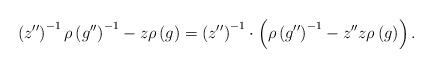
LaTeX: \begin{align*}\left(z^{\prime\prime}\right)^{-1}\rho\left(g^{\prime\prime}\right)^{-1}-z\rho\left(g\right)=\left(z^{\prime\prime}\right)^{-1}\cdot\left(\rho\left(g^{\prime\prime}\right)^{-1}-z^{\prime\prime}z\rho\left(g\right)\right).\end{align*}